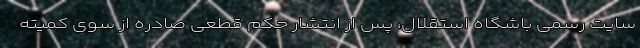
سایت رسمی باشگاه استقلال، پس از انتشار حکم قطعی صادره از سوی کمیته